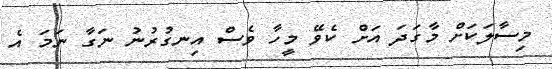
މިސާލަކަށް މާގަދަ އަށް ކެވޭ މީހާ ވެސް އިނގުރުނު ނަގާ ނަމަ އެ